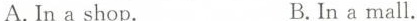
A. In a shop. B. In a mall.